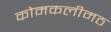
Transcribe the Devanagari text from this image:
कोमकलीमठ